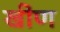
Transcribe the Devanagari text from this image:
खींण